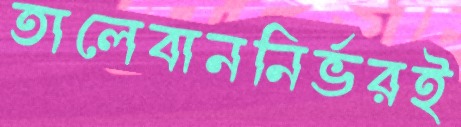
তালেবাননির্ভরই